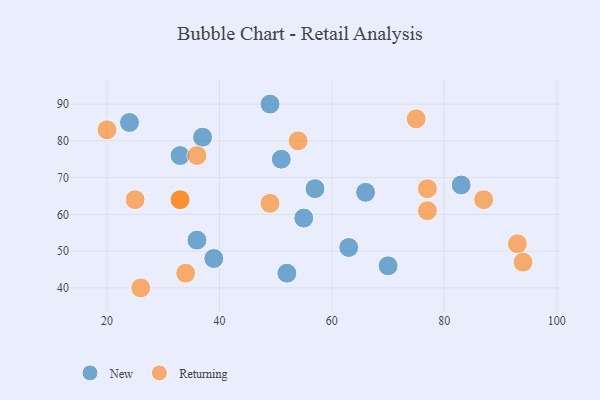
{"axis": {"x": "GDP", "y": "Life Expectancy"}, "legend": ["New", "Returning"], "data": [{"x": "33", "y": 76, "type": "New"}, {"x": "39", "y": 48, "type": "New"}, {"x": "83", "y": 68, "type": "New"}, {"x": "37", "y": 81, "type": "New"}, {"x": "52", "y": 44, "type": "New"}, {"x": "57", "y": 67, "type": "New"}, {"x": "55", "y": 59, "type": "New"}, {"x": "51", "y": 75, "type": "New"}, {"x": "24", "y": 85, "type": "New"}, {"x": "49", "y": 90, "type": "New"}, {"x": "70", "y": 46, "type": "New"}, {"x": "63", "y": 51, "type": "New"}, {"x": "36", "y": 53, "type": "New"}, {"x": "66", "y": 66, "type": "New"}, {"x": "77", "y": 67, "type": "Returning"}, {"x": "93", "y": 52, "type": "Returning"}, {"x": "87", "y": 64, "type": "Returning"}, {"x": "20", "y": 83, "type": "Returning"}, {"x": "54", "y": 80, "type": "Returning"}, {"x": "34", "y": 44, "type": "Returning"}, {"x": "75", "y": 86, "type": "Returning"}, {"x": "94", "y": 47, "type": "Returning"}, {"x": "36", "y": 76, "type": "Returning"}, {"x": "25", "y": 64, "type": "Returning"}, {"x": "49", "y": 63, "type": "Returning"}, {"x": "33", "y": 64, "type": "Returning"}, {"x": "33", "y": 64, "type": "Returning"}, {"x": "77", "y": 61, "type": "Returning"}, {"x": "26", "y": 40, "type": "Returning"}]}